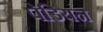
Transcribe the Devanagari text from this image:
पेडियन